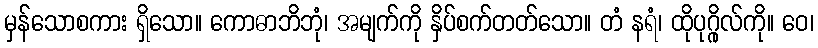
မှန်သောစကား ရှိသော။ ကောဓာဘိဘုံ၊ အမျက်ကို နှိပ်စက်တတ်သော။ တံ နရံ၊ ထိုပုဂ္ဂိုလ်ကို။ ဝေ၊